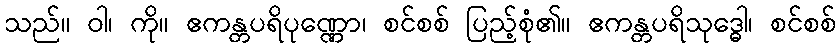
သည်။ ဝါ၊ ကို။ ဧကန္တပရိပုဏ္ဏော၊ စင်စစ် ပြည့်စုံ၏။ ဧကန္တပရိသုဒ္ဓေါ၊ စင်စစ်